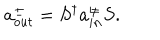
LaTeX: a _ { o u t } ^ { \pm } = S ^ { \dagger } a _ { i n } ^ { \pm } S .